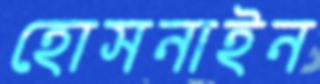
হোসনাইন